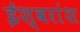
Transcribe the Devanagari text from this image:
ईश्वरांश